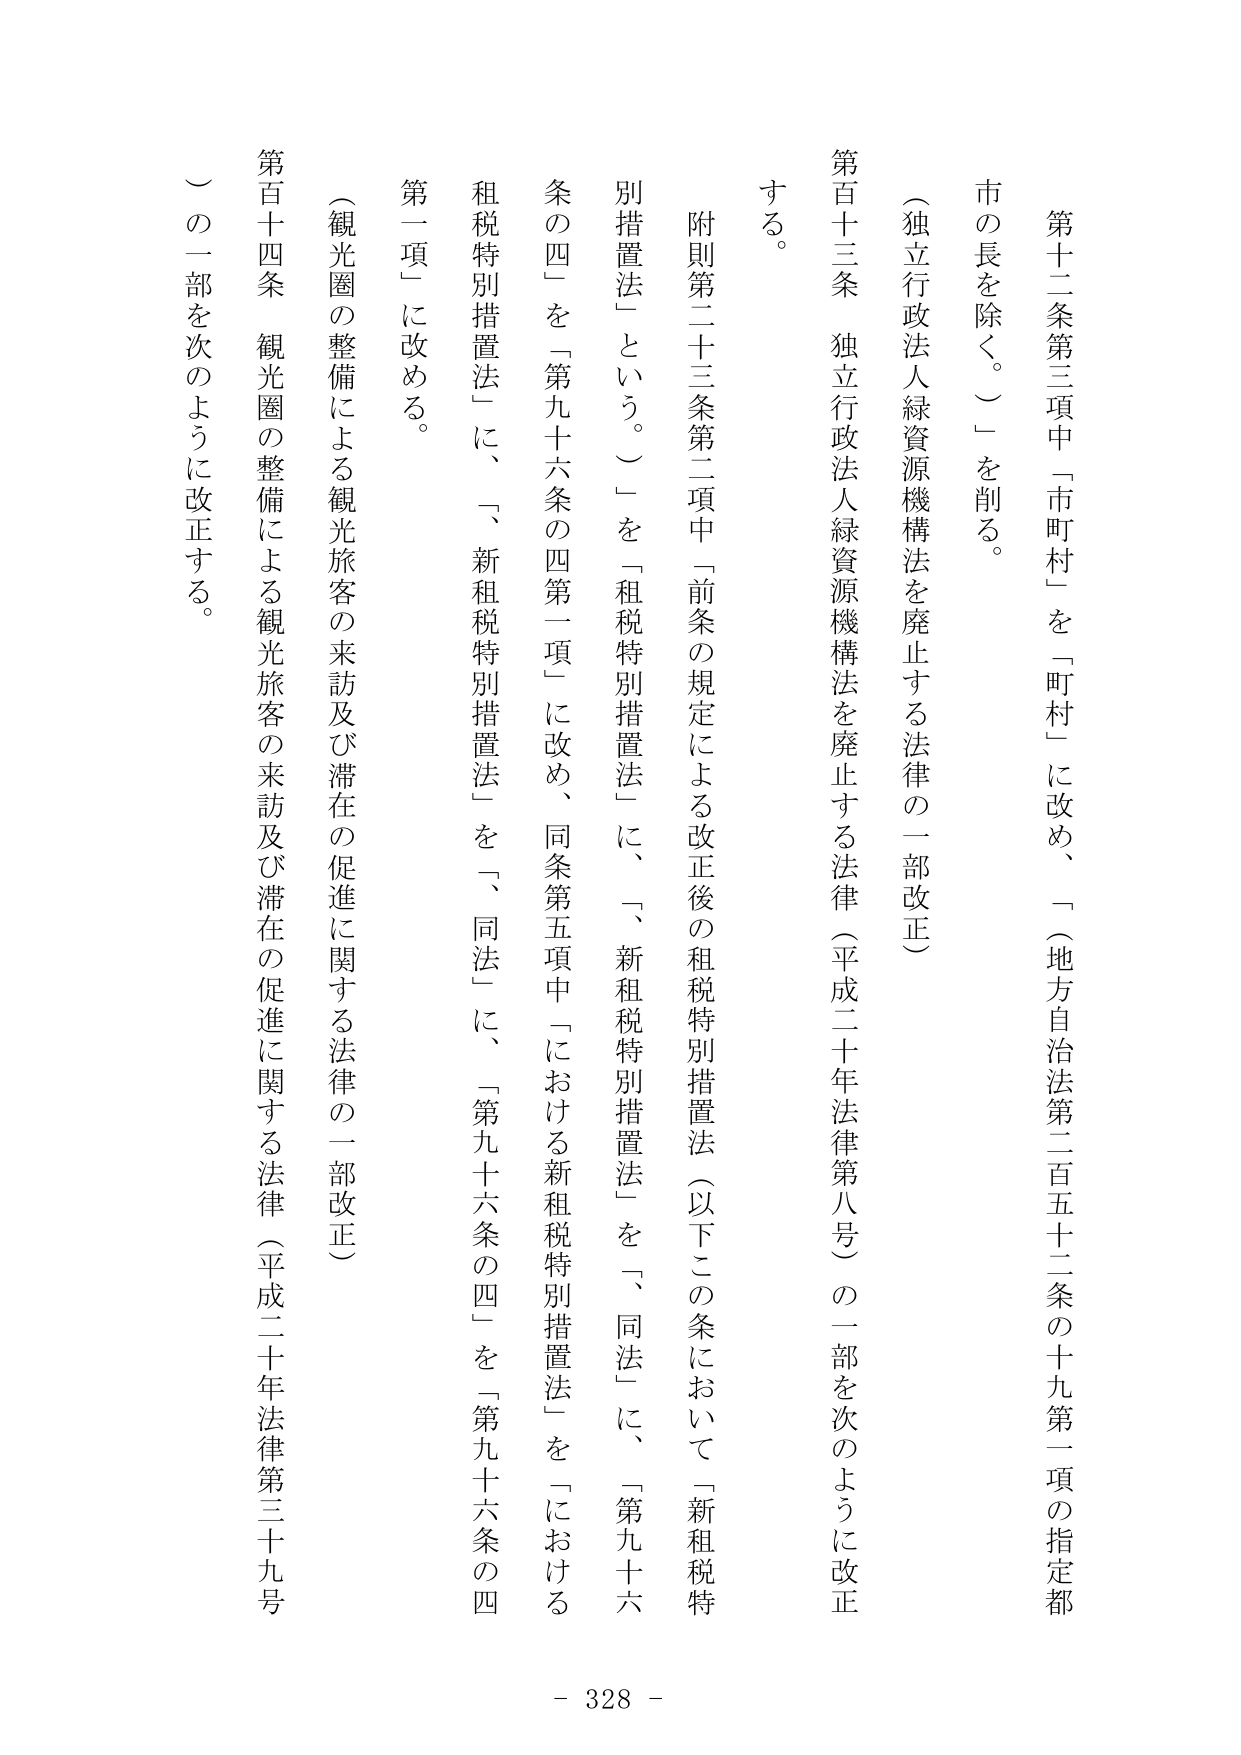
第十二条第三項中「市町村」を「町村」に改め、「（地方自治法第二百五十二条の十九第一項の指定都市の長を除く。）」を削る。

（独立行政法人緑資源機構法を廃止する法律の一部改正）

第百十三条　独立行政法人緑資源機構法を廃止する法律（平成二十年法律第八号）の一部を次のように改正する。

附則第二十三条第二項中「前条の規定による改正後の租税特別措置法（以下この条において「新租税特別措置法」という。）」を「租税特別措置法」に、「新租税特別措置法」を「同法」に、「第九十六条の四」を「第九十六条の四第一項」に改め、同条第五項中「における新租税特別措置法」を「における租税特別措置法」に、「新租税特別措置法」を「同法」に、「第九十六条の四」を「第九十六条の四第一項」に改める。

（観光圏の整備による観光旅客の来訪及び滞在の促進に関する法律の一部改正）

第百十四条　観光圏の整備による観光旅客の来訪及び滞在の促進に関する法律（平成二十年法律第三十九号）の一部を次のように改正する。

- 328 -